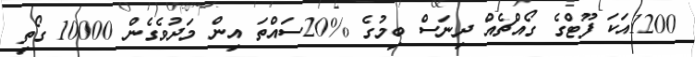
1200އަކަ ފޫޓްގެ ގޯއްޗެއް ދިނަސް ބިމުގެ %20ސައްތަ އިން މަދުވެގެން 10000 ގޯތި